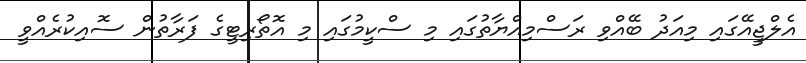
އެލްޖީއޭގައި މިއަދު ބޭއްވި ރަސްމިއްޔާތުގައި މި ސްކީމުގައި މި އޮތޯރިޓީގެ ފަރާތުން ސޮއިކުރެއްވީ